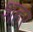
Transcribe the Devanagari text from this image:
शहर